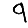
Digit: 9